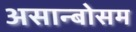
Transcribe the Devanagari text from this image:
असान्बोसम